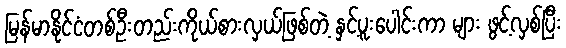
မြန်မာနိုင်ငံတစ်ဦးတည်းကိုယ်စားလှယ်ဖြစ်တဲ့ နှင့်ပူးပေါင်းကာ များ ဖွင့်လှစ်ပြီး